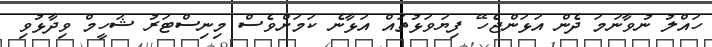
ހައްލު ނުވާނަމަ ދެން އަޅަންޖެހޭ ފިޔަވަޅުތައް އަޅާނެ ކަމަށްވެސް މިނިސްޓަރު ޝަހީމް ވިދާޅުވި